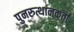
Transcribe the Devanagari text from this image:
पुनरुत्थानकर्ता